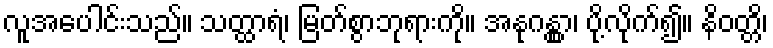
လူအပေါင်းသည်။ သတ္ထာရံ၊ မြတ်စွာဘုရားကို။ အနုဂန္တွာ၊ ပို့လိုက်၍။ နိဝတ္တိ၊